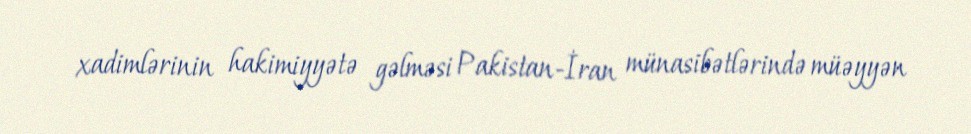
xadimlərinin hakimiyyətə gəlməsi Pakistan-İran münasibətlərində müəyyən